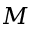
M